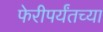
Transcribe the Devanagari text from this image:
फेरीपर्यंतच्या